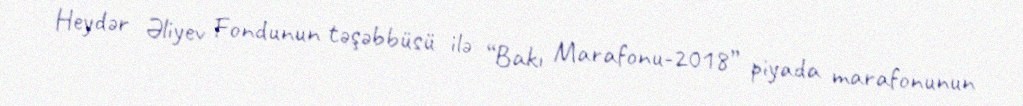
Heydər Əliyev Fondunun təşəbbüsü ilə “Bakı Marafonu-2018” piyada marafonunun